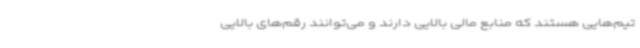
تیم‌هایی هستند که منابع مالی بالایی دارند و می‌توانند رقم‌های بالایی